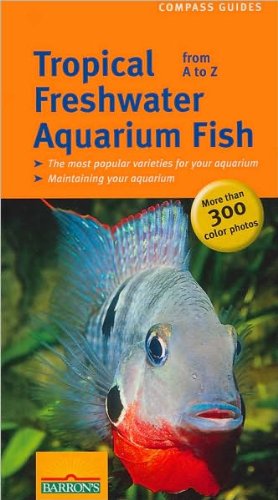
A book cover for Tropical Freshwater Aquarium Fish from A to Z (Compass Guides); Ulrich Schliewen; Crafts, Hobbies & Home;